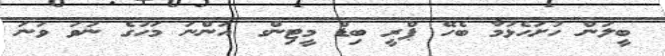
ބީލަން ހުށަހެޅުމާ ބެހޭ ޕްރީ ބިޑް މީޓިންގ އަންނަ މަހުގެ ނުވަ ވަނަ